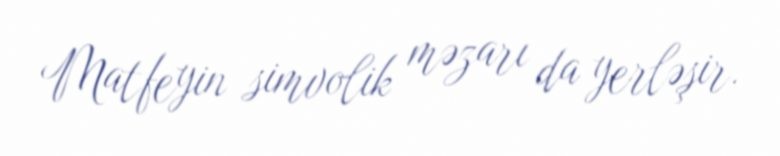
Matfeyin simvolik məzarı da yerləşir.